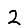
Digit: 2